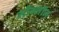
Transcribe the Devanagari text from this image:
मॉन्ज़ॉन